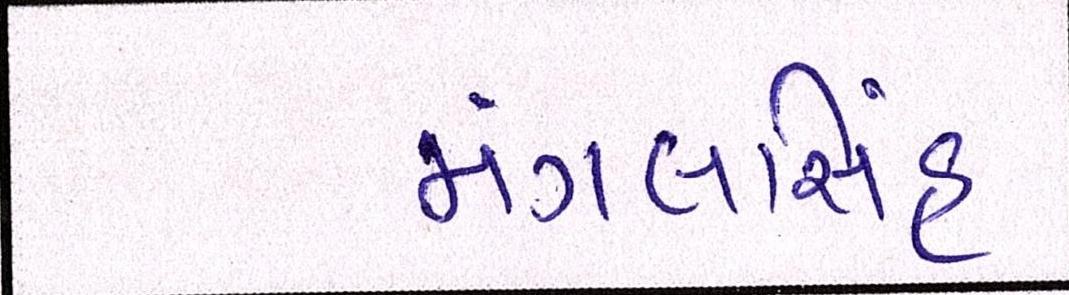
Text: મંગલસિંહ